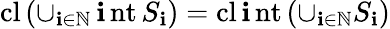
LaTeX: \operatorname{cl}\left(\cup_{\mathbf{i}\in\mathbb{{N}}}\operatorname{\mathbf{i}nt}S_{\mathbf{i}}\right)=\operatorname{cl}\operatorname{\mathbf{i}nt}\left(\cup_{\mathbf{i}\in\mathbb{{N}}}S_{\mathbf{i}}\right)